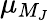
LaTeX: \mu_{M_{J}}